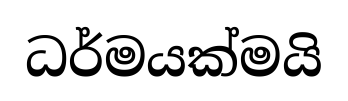
ධර්මයක්මයි